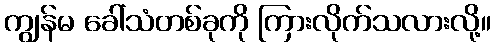
ကျွန်မ ခေါ်သံတစ်ခုကို ကြားလိုက်သလားလို့။